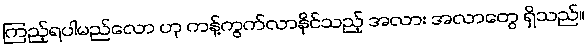
ကြည့်ရပါမည်လော ဟု ကန့်ကွက်လာနိုင်သည့် အလား အလာတွေ ရှိသည်။